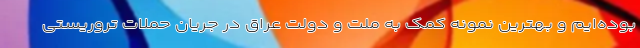
بوده‌ایم و بهترین نمونه کمک به ملت و دولت عراق در جریان حملات تروریستی